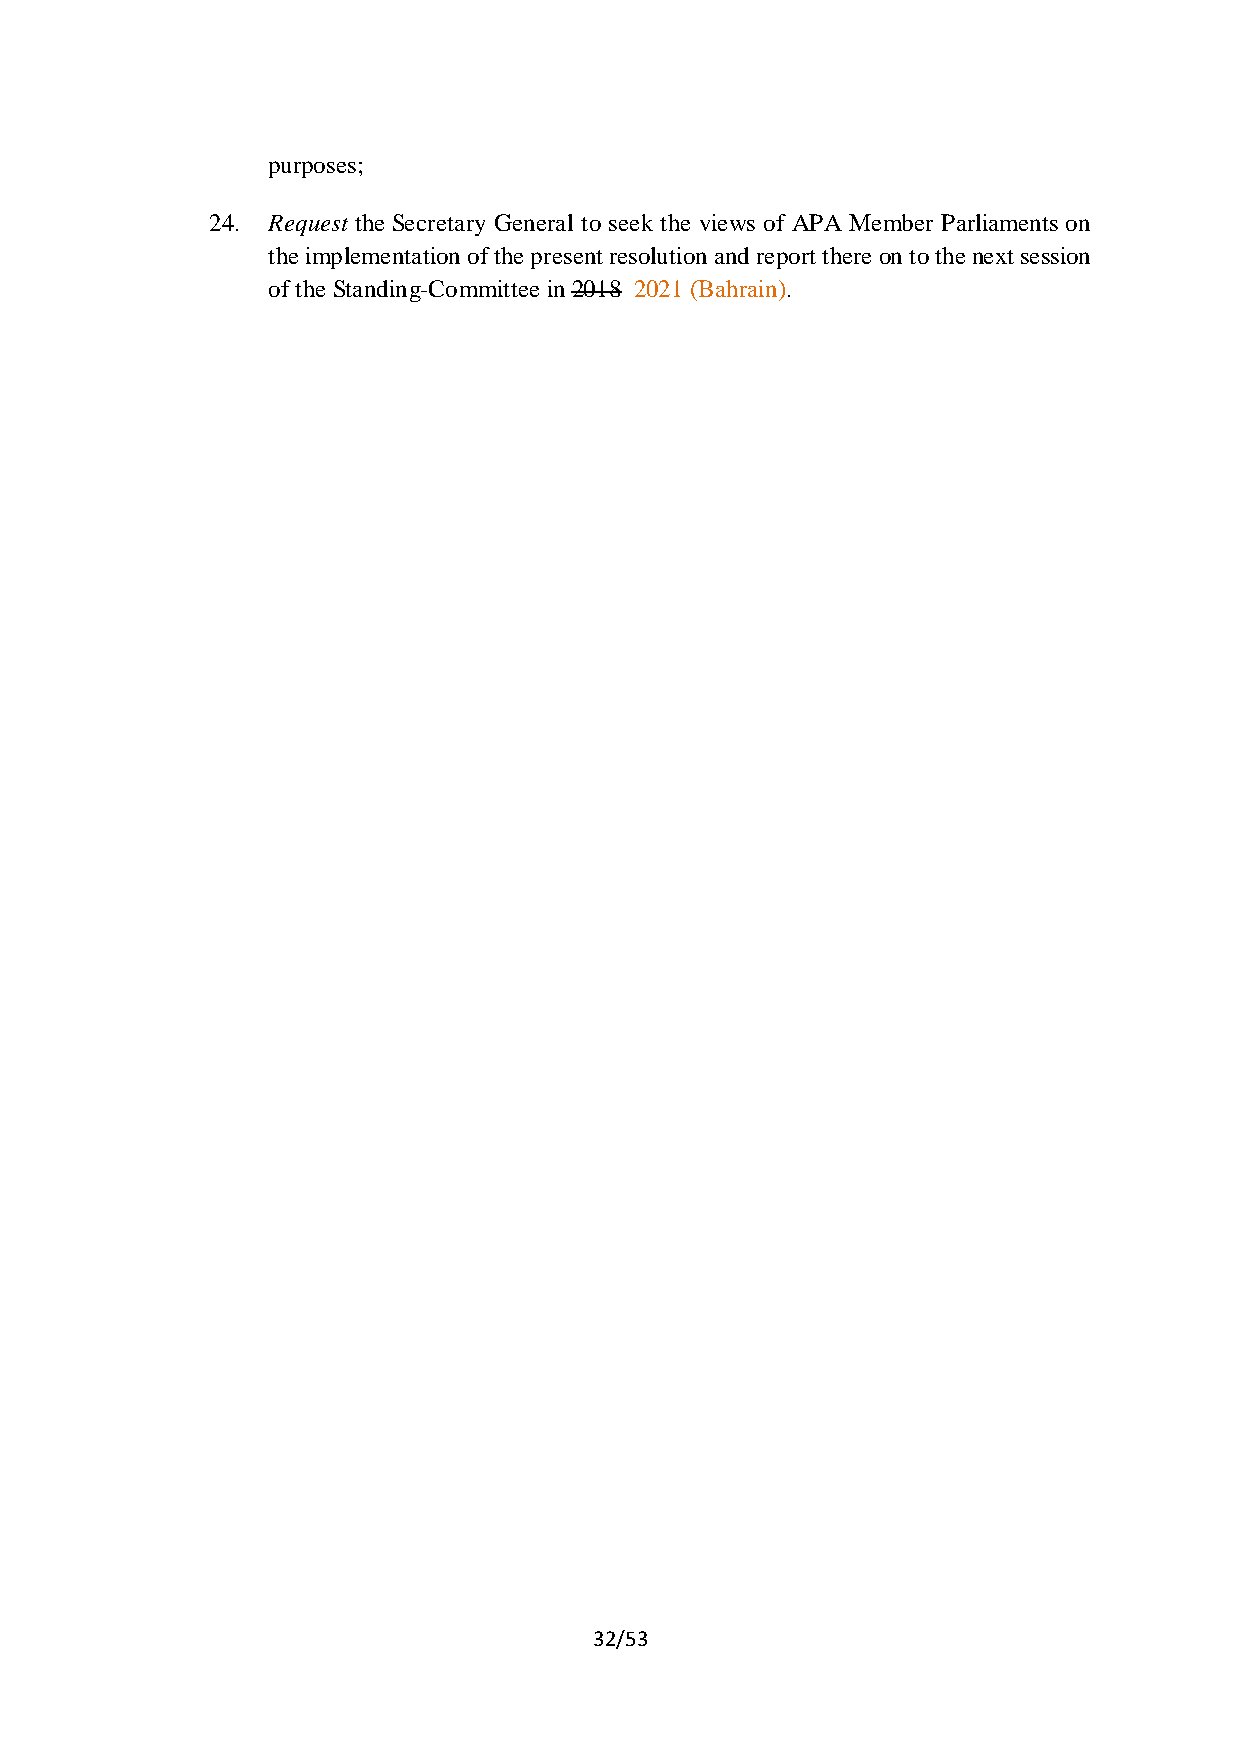
purposes;
 24. Request the Secretary General to seek the views of APA Member Parliaments on
 the implementation of the present resolution and report there on to the next session
 of the Standing-Committee in 2018 2021 (Bahrain).
 32/53